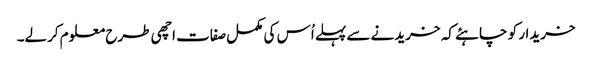
خریدار کو چاہئے کہ خریدنے سے پہلے اُس کی مکمل صفات اچھی طرح معلوم کرلے۔